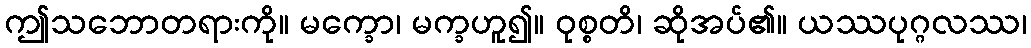
ဤသဘောတရားကို။ မက္ခော၊ မက္ခဟူ၍။ ဝုစ္စတိ၊ ဆိုအပ်၏။ ယဿပုဂ္ဂလဿ၊